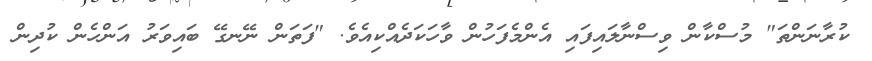
ކުރާނަންތަ" މުސްކާން ވިސްނާލައިފައި އެންމެފަހުން ވާހަކަދެއްކިއެވެ. "ފަތަން ނޭނގޭ ބައިވަރު އަންހެން ކުދިން